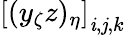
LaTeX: \left[(y_{\zeta}z)_{\eta}\right]_{\mathit{i},\mathit{j},k}